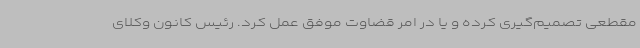
مقطعی تصمیم‌گیری کرده و یا در امر قضاوت موفق عمل کرد. رئیس کانون وکلای